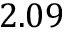
2 . 0 9